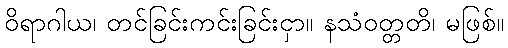
ဝိရာဂါယ၊ တင်ခြင်းကင်းခြင်းငှာ။ နသံဝတ္တတိ၊ မဖြစ်။